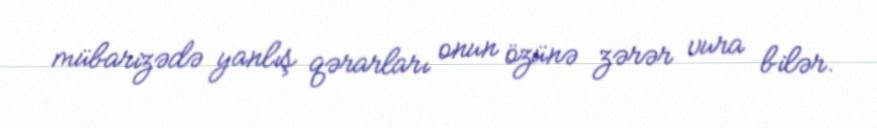
mübarizədə yanlış qərarları onun özünə zərər vura bilər.